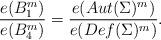
LaTeX: \begin{align*}{e(B^m_1)\over e(B^m_4)} = {e(Aut(\Sigma)^m) \over e(Def(\Sigma)^m)}.\end{align*}